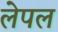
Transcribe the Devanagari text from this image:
लेपल